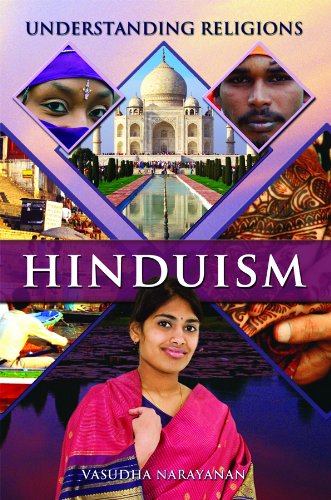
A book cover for Hinduism (Understanding Religions); Vasudha Narayanan; Teen & Young Adult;